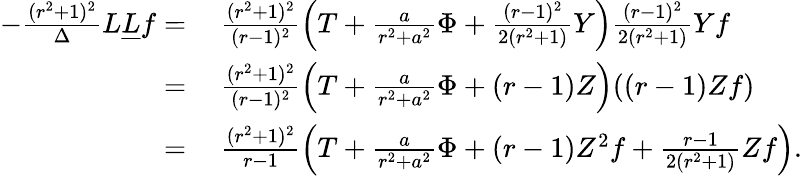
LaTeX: \begin{array}{rl}{-\frac{(r^{2}+1)^{2}}{\Delta}L\underline{{L}}f=}&{\: \frac{(r^{2}+1)^{2}}{(r-1)^{2}}\left(T+\frac{a}{r^{2}+a^{2}}\Phi+\frac{(r-1)^{2}}{2(r^{2}+1)}Y\right)\frac{(r-1)^{2}}{2(r^{2}+1)}Yf}\\ {=}&{\: \frac{(r^{2}+1)^{2}}{(r-1)^{2}}\left(T+\frac{a}{r^{2}+a^{2}}\Phi+(r-1)Z\right)((r-1)Zf)}\\ {=}&{\: \frac{(r^{2}+1)^{2}}{r-1}\left(T+\frac{a}{r^{2}+a^{2}}\Phi+(r-1)Z^{2}f+\frac{r-1}{2(r^{2}+1)}Zf\right).}\end{array}